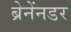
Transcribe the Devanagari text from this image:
ब्रेनेंनडर